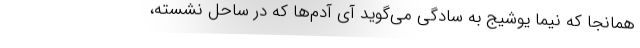
همانجا که نیما یوشیج به سادگی می‌گوید آی آدم‌ها که در ساحل نشسته،